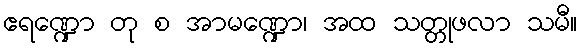
ဧရဏ္ဍော တု စ အာမဏ္ဍော၊ အထ သတ္တုဖလာ သမီ။